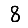
Digit: 8